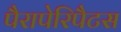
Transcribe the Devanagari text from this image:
पैरापेरिपैटस